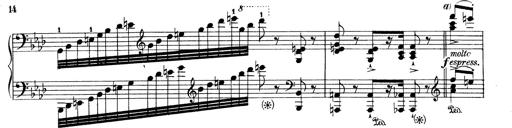
Title: Variationen Ã¼ber das Motiv von Bach
Composer: Franz Liszt